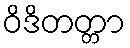
ဝိဒိတတ္တာ